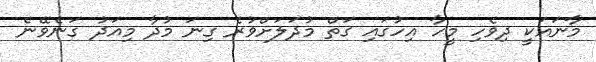
މާނައަކީ ދިވެހި މީހާ އިހުގައި ގަތް މުދަލަށްވުރެ ގިނަ މުދާ މިއަދު ގަނެވޭނެ